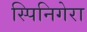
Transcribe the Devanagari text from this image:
स्पिनिगेरा